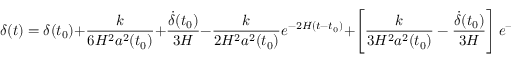
\delta ( t ) = \delta ( t _ { 0 } ) + \frac { k } { 6 H ^ { 2 } a ^ { 2 } ( t _ { 0 } ) } + \frac { \dot { \delta } ( t _ { 0 } ) } { 3 H } - \frac { k } { 2 H ^ { 2 } a ^ { 2 } ( t _ { 0 } ) } e ^ { - 2 H ( t - t _ { 0 } ) } + \left[ \frac { k } { 3 H ^ { 2 } a ^ { 2 } ( t _ { 0 } ) } - \frac { \dot { \delta } ( t _ { 0 } ) } { 3 H } \right] e ^ { - 3 H ( t - t _ { 0 } ) }